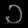
Digit: ၁